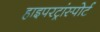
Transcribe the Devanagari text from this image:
हाइपरट्रांस्पोर्ट